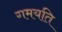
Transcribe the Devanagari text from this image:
गमयति